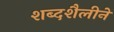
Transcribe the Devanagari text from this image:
शब्दशैलीने